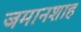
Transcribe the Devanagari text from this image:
जमानशाह